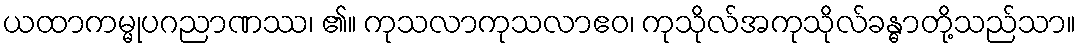
ယထာကမ္မုပဂညာဏဿ၊ ၏။ ကုသလာကုသလာဧဝ၊ ကုသိုလ်အကုသိုလ်ခန္ဓာတို့သည်သာ။